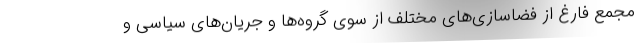
مجمع فارغ از فضاسازی‌های مختلف از سوی گروه‌ها و جریان‌های سیاسی و